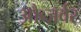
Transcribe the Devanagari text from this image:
औब्ज़र्वर